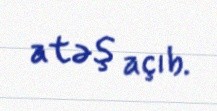
atəş açıb.